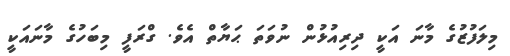
މިލަފުޒުގެ މާނަ އަކީ ދިރިއުޅުން ނުވަތަ ޙަޔާތް އެވެ. ގްރަފީ މިބަހުގެ މާނައަކީ